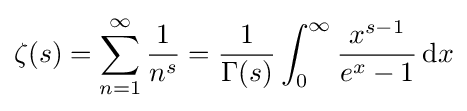
\zeta (s)=\sum _{n=1}^{\infty }{\frac {1}{n^{s}}}={\frac {1}{\Gamma (s)}}\int _{0}^{\infty }{\frac {x^{s-1}}{e^{x}-1}}\,\mathrm {d} x